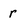
Character: r